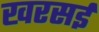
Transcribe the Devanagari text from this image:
खरसई